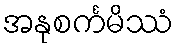
အနုစင်္ကမိဿံ